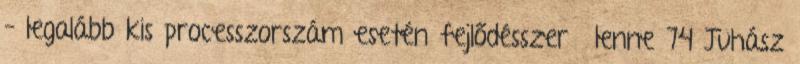
– legalább kis processzorszám esetén fejlődésszerű lenne 74 Juhász